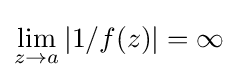
\lim _{z\to a}|1/f(z)|=\infty